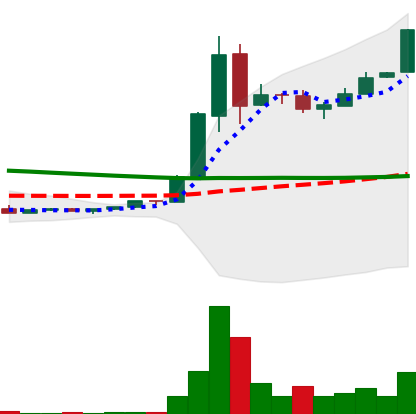
Ticker: DOGE-USD
Chart end date: 2018-09-10
Forward return: -10.549%
Label: down_7plus